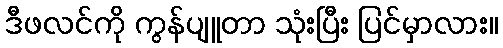
ဒီဖလင်ကို ကွန်ပျူတာ သုံးပြီး ပြင်မှာလား။